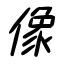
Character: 像